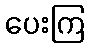
ပေးကြ